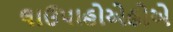
લાઉપાહોએહોએ